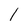
Character: 1